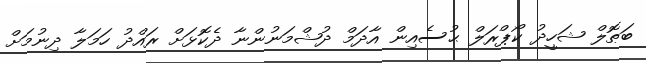
ބަޠޮލް ޝަހީދު ކޯޕްރަލް ޙުސެއިން އާދަމް ދުޝްމަނުންނާ ދެކޮޅަށް ރައްދު ހަމަލާ ދިނުމަށް